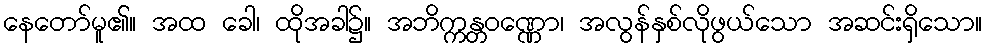
နေတော်မူ၏။ အထ ခေါ၊ ထိုအခါ၌။ အဘိက္ကန္တဝဏ္ဏော၊ အလွန်နှစ်လိုဖွယ်သော အဆင်းရှိသော။